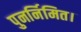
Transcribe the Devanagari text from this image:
पुनर्निमित।